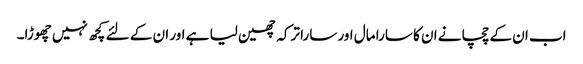
اب ان کے چچا نے ان کا سارا مال اور سارا ترکہ چھین لیا ہے اور ان کے لئے کچھ نہیں چھوڑا۔